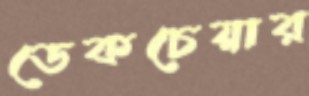
ডেকচেয়ার